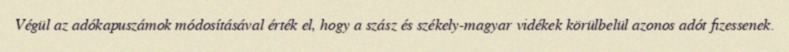
Végül az adókapuszámok módosításával érték el, hogy a szász és székely-magyar vidékek körülbelül azonos adót fizessenek.